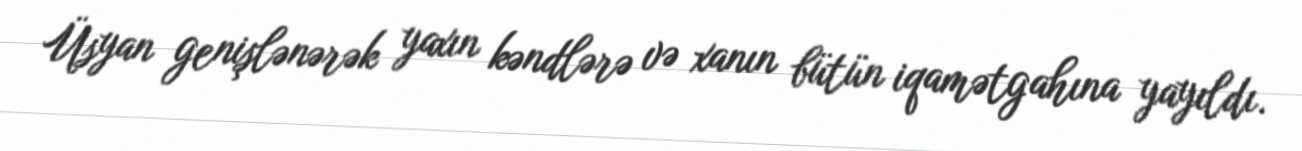
Üsyan genişlənərək yaxın kəndlərə və xanın bütün iqamətgahına yayıldı.